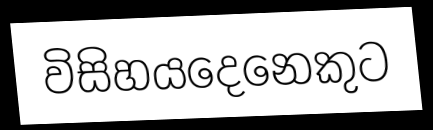
විසිහයදෙනෙකුට